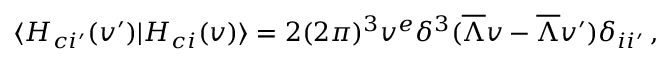
\langle H _ { c i ^ { \prime } } ( v ^ { \prime } ) | H _ { c i } ( v ) \rangle = 2 ( 2 \pi ) ^ { 3 } v ^ { e } \delta ^ { 3 } ( \overline { { { \Lambda } } } v - \overline { { { \Lambda } } } v ^ { \prime } ) \delta _ { i i ^ { \prime } } \, ,